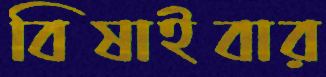
বিষাইবার